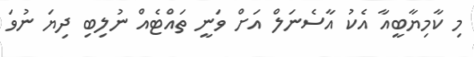
މި ކާމިޔާބީއާ އެކު އާސެނަލް އަށް ވަނީ ތައްޓެއް ނުލިބި ދިޔަ ނުވަ